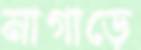
নাগাড়ে